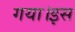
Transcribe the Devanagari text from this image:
गया।इस